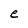
Character: e